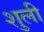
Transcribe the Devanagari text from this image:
शुली